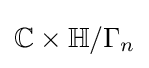
\mathbb {C} \times \mathbb {H} /\Gamma _{n}